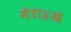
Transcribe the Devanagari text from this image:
मेरा॥ॐ